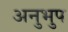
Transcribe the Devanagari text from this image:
अनुभुप